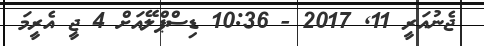
ޖެނުއަރީ 11